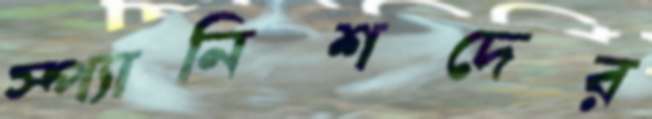
স্প্যানিশদের